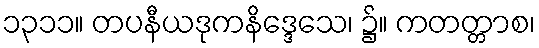
၁၃၁၁။ တပနီယဒုကနိဒ္ဒေသေ၊ ၌။ ကတတ္တာစ၊